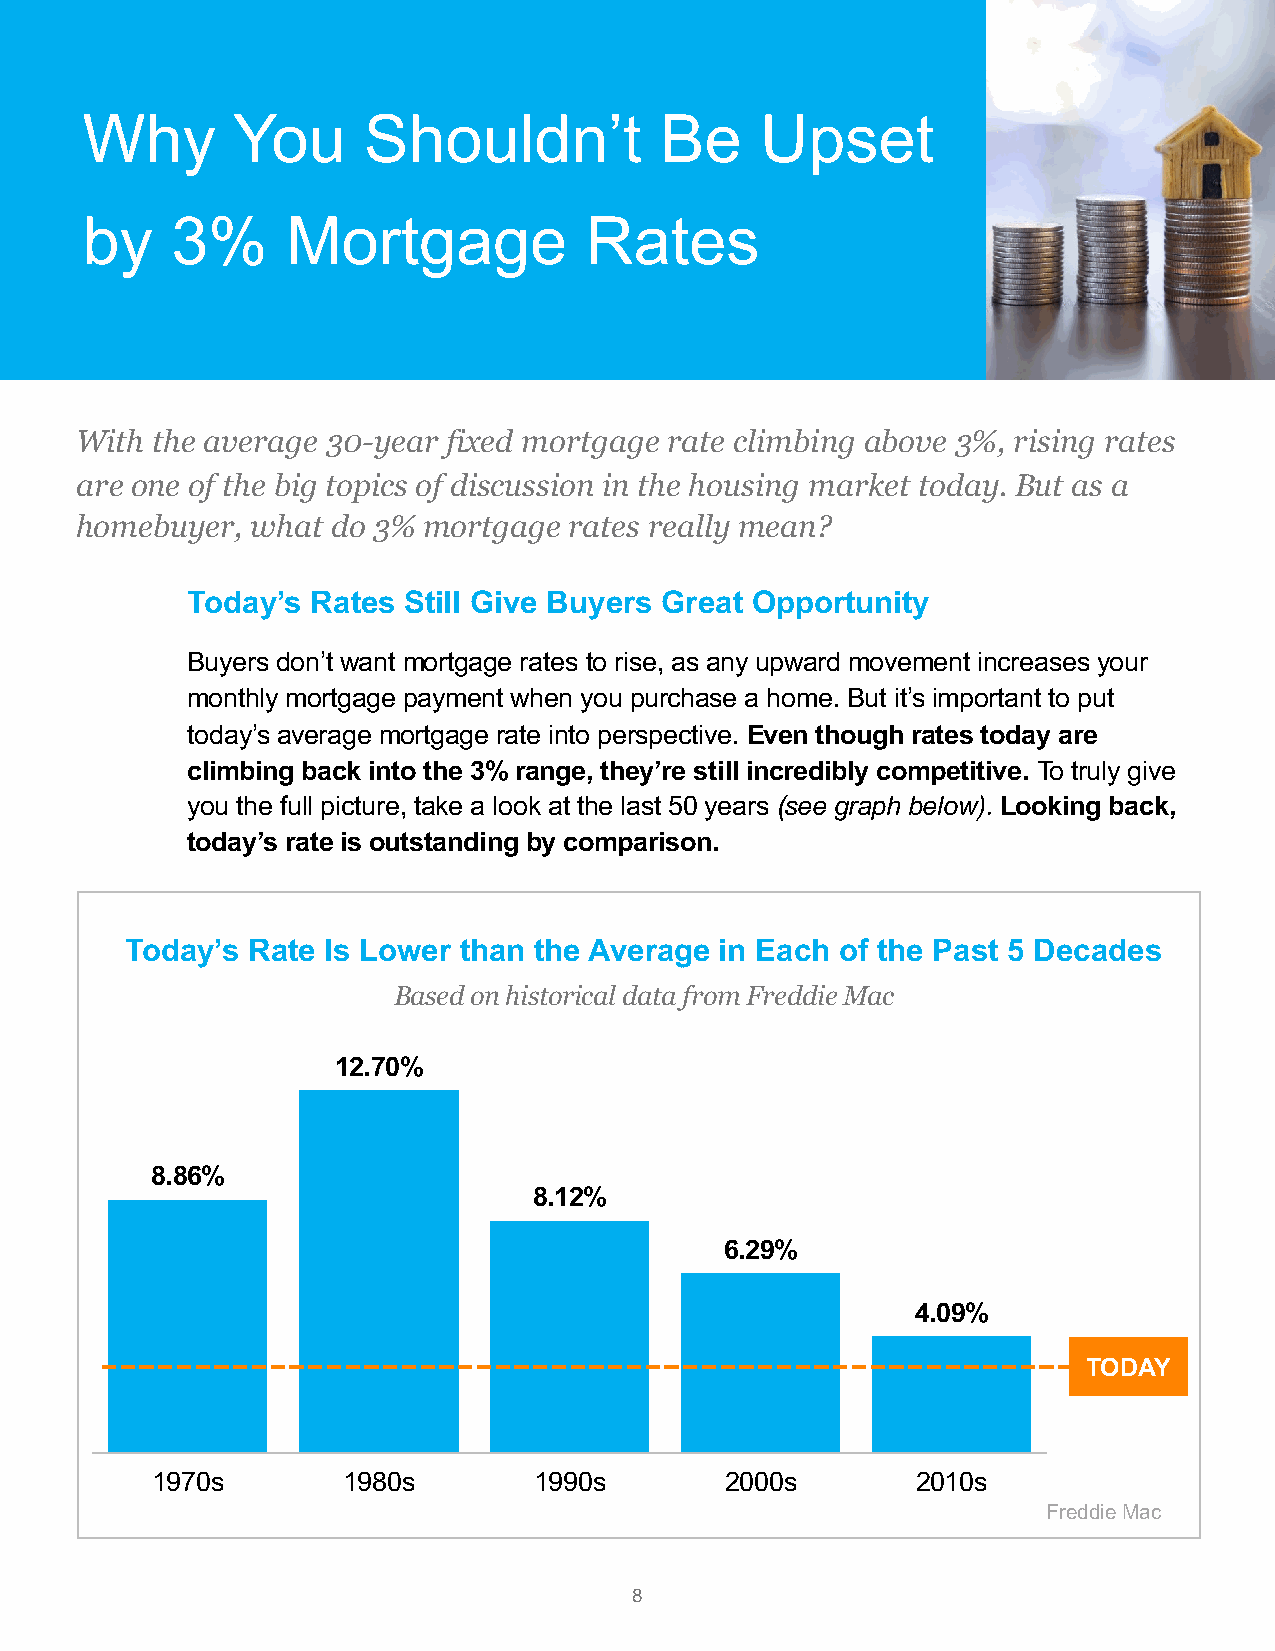
Why       You      Shouldn’t           Be    Upset
 by    3%      Mortgage            Rates
 With the average 30-year fixed mortgage rate climbing above 3%, rising rates
 are one of the big topics of discussion in the housing market today. But as a
 homebuyer,  what do 3% mortgage  rates really mean?
 Today’s  Rates Still Give Buyers Great Opportunity
 Buyers don’t want mortgage rates to rise, as any upward movement increases your
 monthly mortgage payment when you purchase a home. But it’s important to put
 today’s average mortgage rate into perspective. Even though rates today are
 climbing back into the 3% range, they’re still incredibly competitive. To truly give
 you the full picture, take a look at the last 50 years (see graph below). Looking back,
 today’s rate is outstanding by comparison.
 Today’s Rate Is Lower than the Average  in Each of the Past 5 Decades
 Based on historical data from Freddie Mac
 12.70%
 8.86%
 8.12%
 6.29%
 4.09%
 TODAY
 1970s        1980s       1990s        2000s        2010s
 Freddie Mac
 8